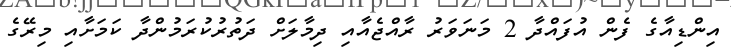
އިންޑިއާގެ ފެން އުފައްދާ 2 މަނަވަރު ރާއްޖެއާއި ދިމާލަށް ދަތުރުކުރަމުންދާ ކަމަށާއި މިރޭގެ